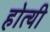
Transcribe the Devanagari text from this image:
होत्यी